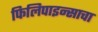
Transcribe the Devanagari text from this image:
फिलिपाइन्साचा